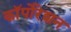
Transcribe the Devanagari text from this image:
काॅर्पोरेशन